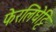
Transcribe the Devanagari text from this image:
फेरलिंघेट्टि